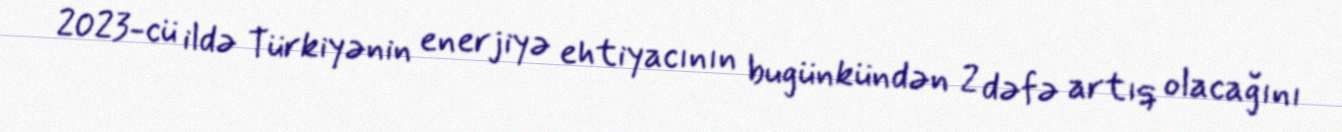
2023-cü ildə Türkiyənin enerjiyə ehtiyacının bugünkündən 2 dəfə artıq olacağını